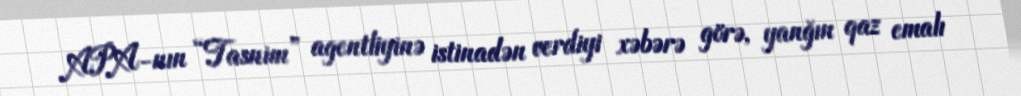
APA-nın “Tasnim” agentliyinə istinadən verdiyi xəbərə görə, yanğın qaz emalı